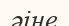
әіне